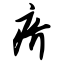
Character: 疥